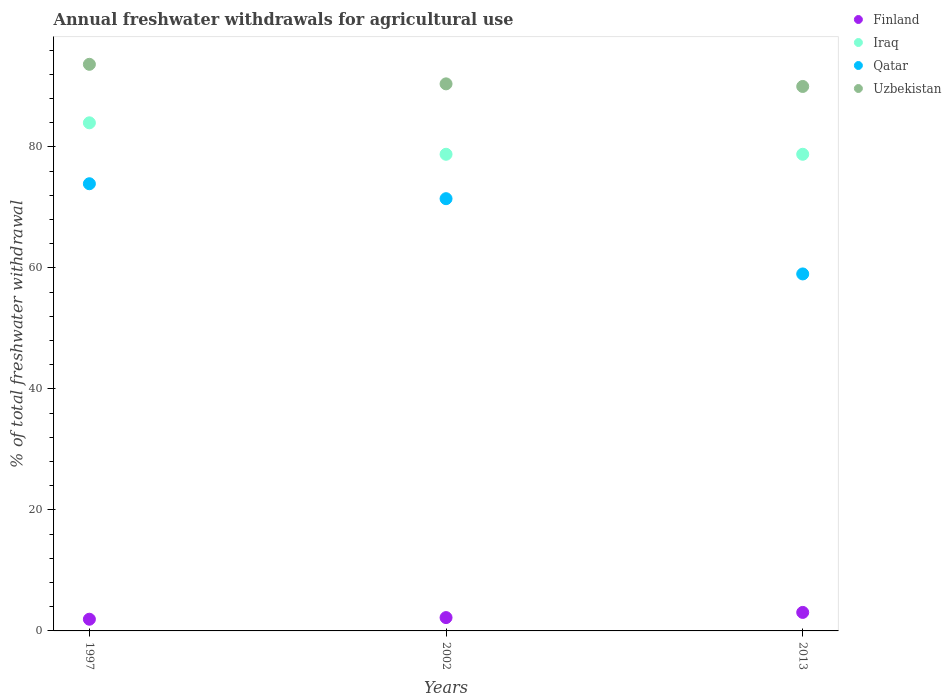
| Years | Finland | Iraq | Qatar | Uzbekistan |
 | --- | --- | --- | --- | --- |
 | 1997 | 1.93 | 84 | 73.9 | 93.7 |
 | 2002 | 2.2 | 78.8 | 71.5 | 90.4 |
 | 2013 | 3.06 | 78.8 | 59 | 90 |